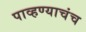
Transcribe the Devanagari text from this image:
पाव्हण्याचंच